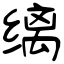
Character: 缡